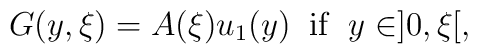
G(y,\xi)=A(\xi)u_{1}(y) \; \; {\rm if} \; \; y \in ]0,\xi[,